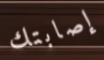
إصابتك